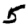
Digit: 5